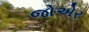
જોએર